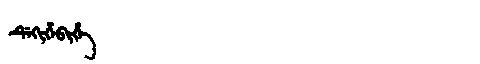
Manchu: ᡩᡝᡴᡳᡥᡝᠪᡳᡥᡝ
Romanization: DEKIHEBIHE